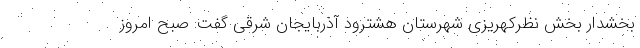
بخشدار بخش نظرکهریزی شهرستان هشترود آذربایجان شرقی گفت: صبح امروز